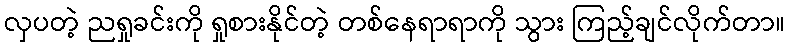
လှပတဲ့ ညရှုခင်းကို ရှုစားနိုင်တဲ့ တစ်နေရာရာကို သွား ကြည့်ချင်လိုက်တာ။